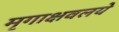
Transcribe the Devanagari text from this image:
मृगाक्षवलये